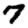
Digit: 7